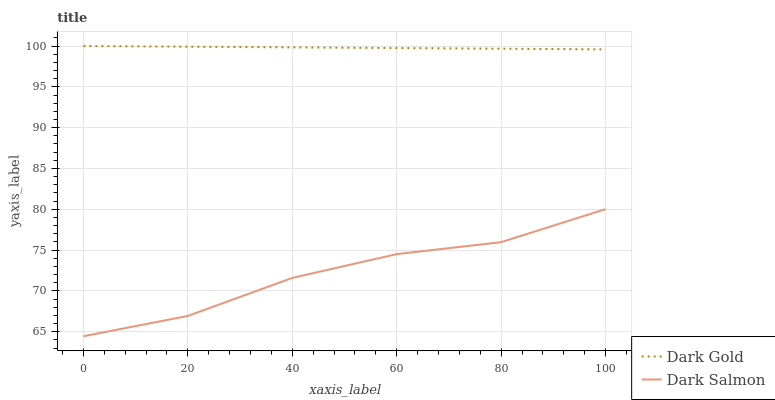
| xaxis_label | Dark Gold | Dark Salmon |
 | --- | --- | --- |
 | 0 | 100 | 64.5 |
 | 20 | 99.9 | 66.9 |
 | 40 | 99.8 | 71.6 |
 | 60 | 99.8 | 74.5 |
 | 80 | 99.7 | 76 |
 | 100 | 99.6 | 80 |